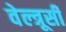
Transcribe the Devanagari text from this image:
वेल्त्रूसी